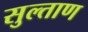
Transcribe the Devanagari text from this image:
सुल्ताण